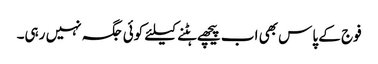
فوج کے پاس بھی اب پیچھے ہٹنے کیلئے کوئی جگہ نہیں رہی۔